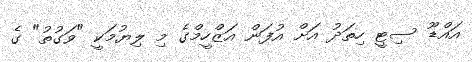
އައްޑޫ ސިޓީ ހިތަދު އަށް އުފަން އަޒްހީމްގެ މި ލިޔުމަކީ "ވަގުތު" ގެ